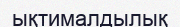
ықтималдылық